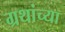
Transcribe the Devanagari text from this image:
ग्रथांच्या